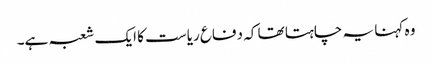
وہ کہنا یہ چاہتا تھا کہ دفاع ریاست کا ایک شعبہ ہے۔